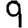
Digit: 9